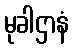
မုခါဌာနံ